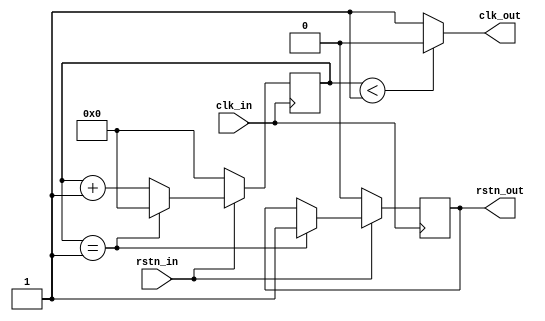
`timescale 1ns / 1ps
//////////////////////////////////////////////////////////////////////////////////
// Company: 
// Engineer: 
// 
// Design Name: 
// Module Name: clk_div
// Project Name: 
// Target Devices: 
// Tool Versions: 
// Description: 
// 
// Dependencies: 
// 
// Revision:
// Revision 0.01 - File Created
// Additional Comments:
// 
//////////////////////////////////////////////////////////////////////////////////


module clk_div #(parameter period_num = 2)(         //42.94s
    input wire clk_in,
    input wire rstn_in,
    output wire clk_out,
    output reg rstn_out
    );
    
    reg [31:0]time_cnt;     
    
    always@(posedge clk_in) begin
        if(~rstn_in) begin
            time_cnt <= 0;
            rstn_out <= 1'b0;
        end
        else begin
            if(time_cnt == period_num / 2)
                rstn_out <= 1'b1;
            if(time_cnt == period_num - 1)
                time_cnt <= 0;
            else
                time_cnt <= time_cnt + 1;
        end
    end
    
    assign clk_out = (time_cnt < period_num / 2) ? 1'b0 : 1'b1;
    
endmodule